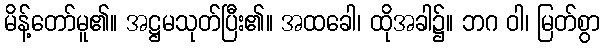
မိန့်တော်မူ၏။ အဋ္ဌမသုတ်ပြီး၏။ အထခေါ၊ ထိုအခါ၌။ ဘဂ ဝါ၊ မြတ်စွာ